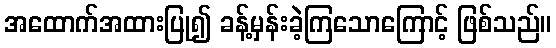
အထောက်အထားပြု၍ ခန့်မှန်းခဲ့ကြသောကြောင့် ဖြစ်သည်။